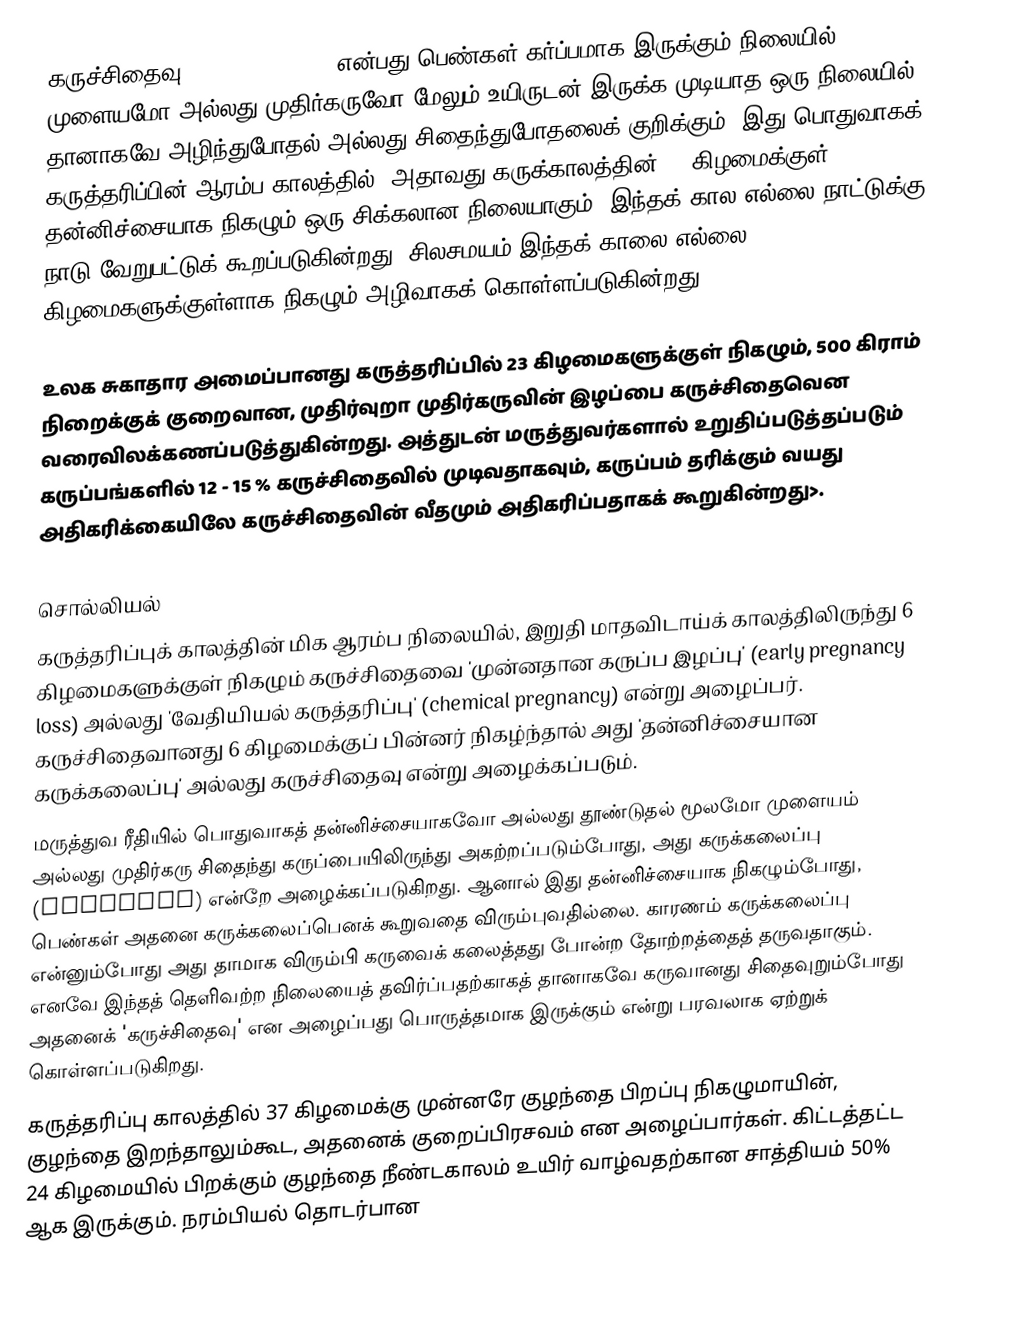
கருச்சிதைவு () (Miscarriage) என்பது பெண்கள் கர்ப்பமாக இருக்கும் நிலையில், முளையமோ அல்லது முதிர்கருவோ மேலும் உயிருடன் இருக்க முடியாத ஒரு நிலையில் தானாகவே அழிந்துபோதல் அல்லது சிதைந்துபோதலைக் குறிக்கும். இது பொதுவாகக் கருத்தரிப்பின் ஆரம்ப காலத்தில், அதாவது கருக்காலத்தின் 20 கிழமைக்குள் தன்னிச்சையாக நிகழும் ஒரு சிக்கலான நிலையாகும். இந்தக் கால எல்லை நாட்டுக்கு நாடு வேறுபட்டுக் கூறப்படுகின்றது. சிலசமயம் இந்தக் காலை எல்லை 24 கிழமைகளுக்குள்ளாக நிகழும் அழிவாகக் கொள்ளப்படுகின்றது.

உலக சுகாதார அமைப்பானது கருத்தரிப்பில் 23 கிழமைகளுக்குள் நிகழும், 500 கிராம் நிறைக்குக் குறைவான, முதிர்வுறா முதிர்கருவின் இழப்பை கருச்சிதைவென வரைவிலக்கணப்படுத்துகின்றது. அத்துடன் மருத்துவர்களால் உறுதிப்படுத்தப்படும் கருப்பங்களில் 12 - 15 % கருச்சிதைவில் முடிவதாகவும், கருப்பம் தரிக்கும் வயது அதிகரிக்கையிலே கருச்சிதைவின் வீதமும் அதிகரிப்பதாகக் கூறுகின்றது>.

சொல்லியல்
கருத்தரிப்புக் காலத்தின் மிக ஆரம்ப நிலையில், இறுதி மாதவிடாய்க் காலத்திலிருந்து 6 கிழமைகளுக்குள் நிகழும் கருச்சிதைவை 'முன்னதான கருப்ப இழப்பு' (early pregnancy loss) அல்லது 'வேதியியல் கருத்தரிப்பு' (chemical pregnancy) என்று அழைப்பர். கருச்சிதைவானது 6 கிழமைக்குப் பின்னர் நிகழ்ந்தால் அது 'தன்னிச்சையான கருக்கலைப்பு' அல்லது கருச்சிதைவு என்று அழைக்கப்படும்.
மருத்துவ ரீதியில் பொதுவாகத் தன்னிச்சையாகவோ அல்லது தூண்டுதல் மூலமோ முளையம் அல்லது முதிர்கரு சிதைந்து கருப்பையிலிருந்து அகற்றப்படும்போது, அது கருக்கலைப்பு (Abortion) என்றே அழைக்கப்படுகிறது. ஆனால் இது தன்னிச்சையாக நிகழும்போது, பெண்கள் அதனை கருக்கலைப்பெனக் கூறுவதை விரும்புவதில்லை. காரணம் கருக்கலைப்பு என்னும்போது அது தாமாக விரும்பி கருவைக் கலைத்தது போன்ற தோற்றத்தைத் தருவதாகும். எனவே இந்தத் தெளிவற்ற நிலையைத் தவிர்ப்பதற்காகத் தானாகவே கருவானது சிதைவுறும்போது அதனைக் 'கருச்சிதைவு' என அழைப்பது பொருத்தமாக இருக்கும் என்று பரவலாக ஏற்றுக் கொள்ளப்படுகிறது.
கருத்தரிப்பு காலத்தில் 37 கிழமைக்கு முன்னரே குழந்தை பிறப்பு நிகழுமாயின், குழந்தை இறந்தாலும்கூட, அதனைக் குறைப்பிரசவம் என அழைப்பார்கள். கிட்டத்தட்ட 24 கிழமையில் பிறக்கும் குழந்தை நீண்டகாலம் உயிர் வாழ்வதற்கான சாத்தியம் 50% ஆக இருக்கும். நரம்பியல் தொடர்பான